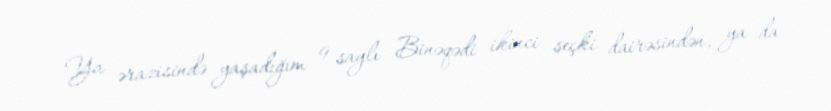
Ya ərazisində yaşadığım 9 saylı Binəqədi ikinci seçki dairəsindən, ya da